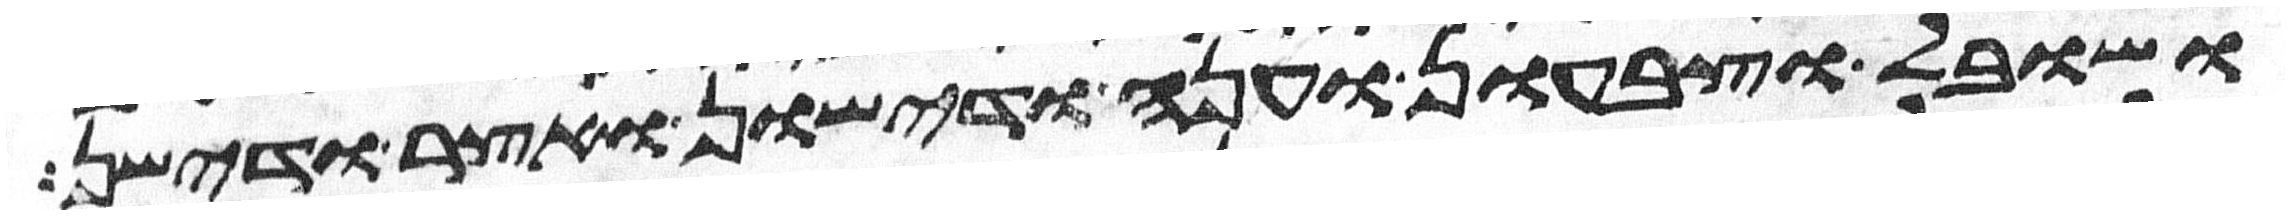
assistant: ושובל וצבעון וענה ודישון ואצר ודישן